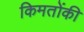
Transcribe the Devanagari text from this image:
किमतोंकी